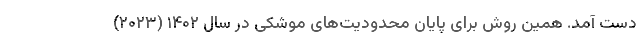
دست آمد. همین روش برای پایان محدودیت‌های موشکی در سال ۱۴۰۲ (۲۰۲۳)